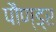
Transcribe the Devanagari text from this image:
पौण्ड्र